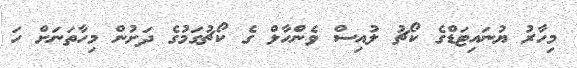
މިހާރު ޔުނައިޓަޑްގެ ކޯޗު ލުއިސް ވެންހާލް ގެ ކޯޗުގަމުގެ ދަށުން މިހާތަނަށް ހަ